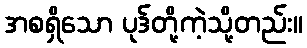
အစရှိသော ပုဒ်တို့ကဲ့သို့တည်း။